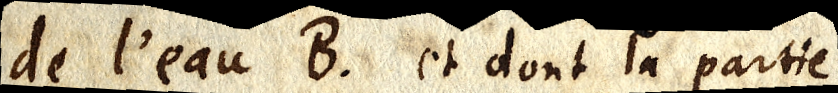
de l’eau B. et dont la partie